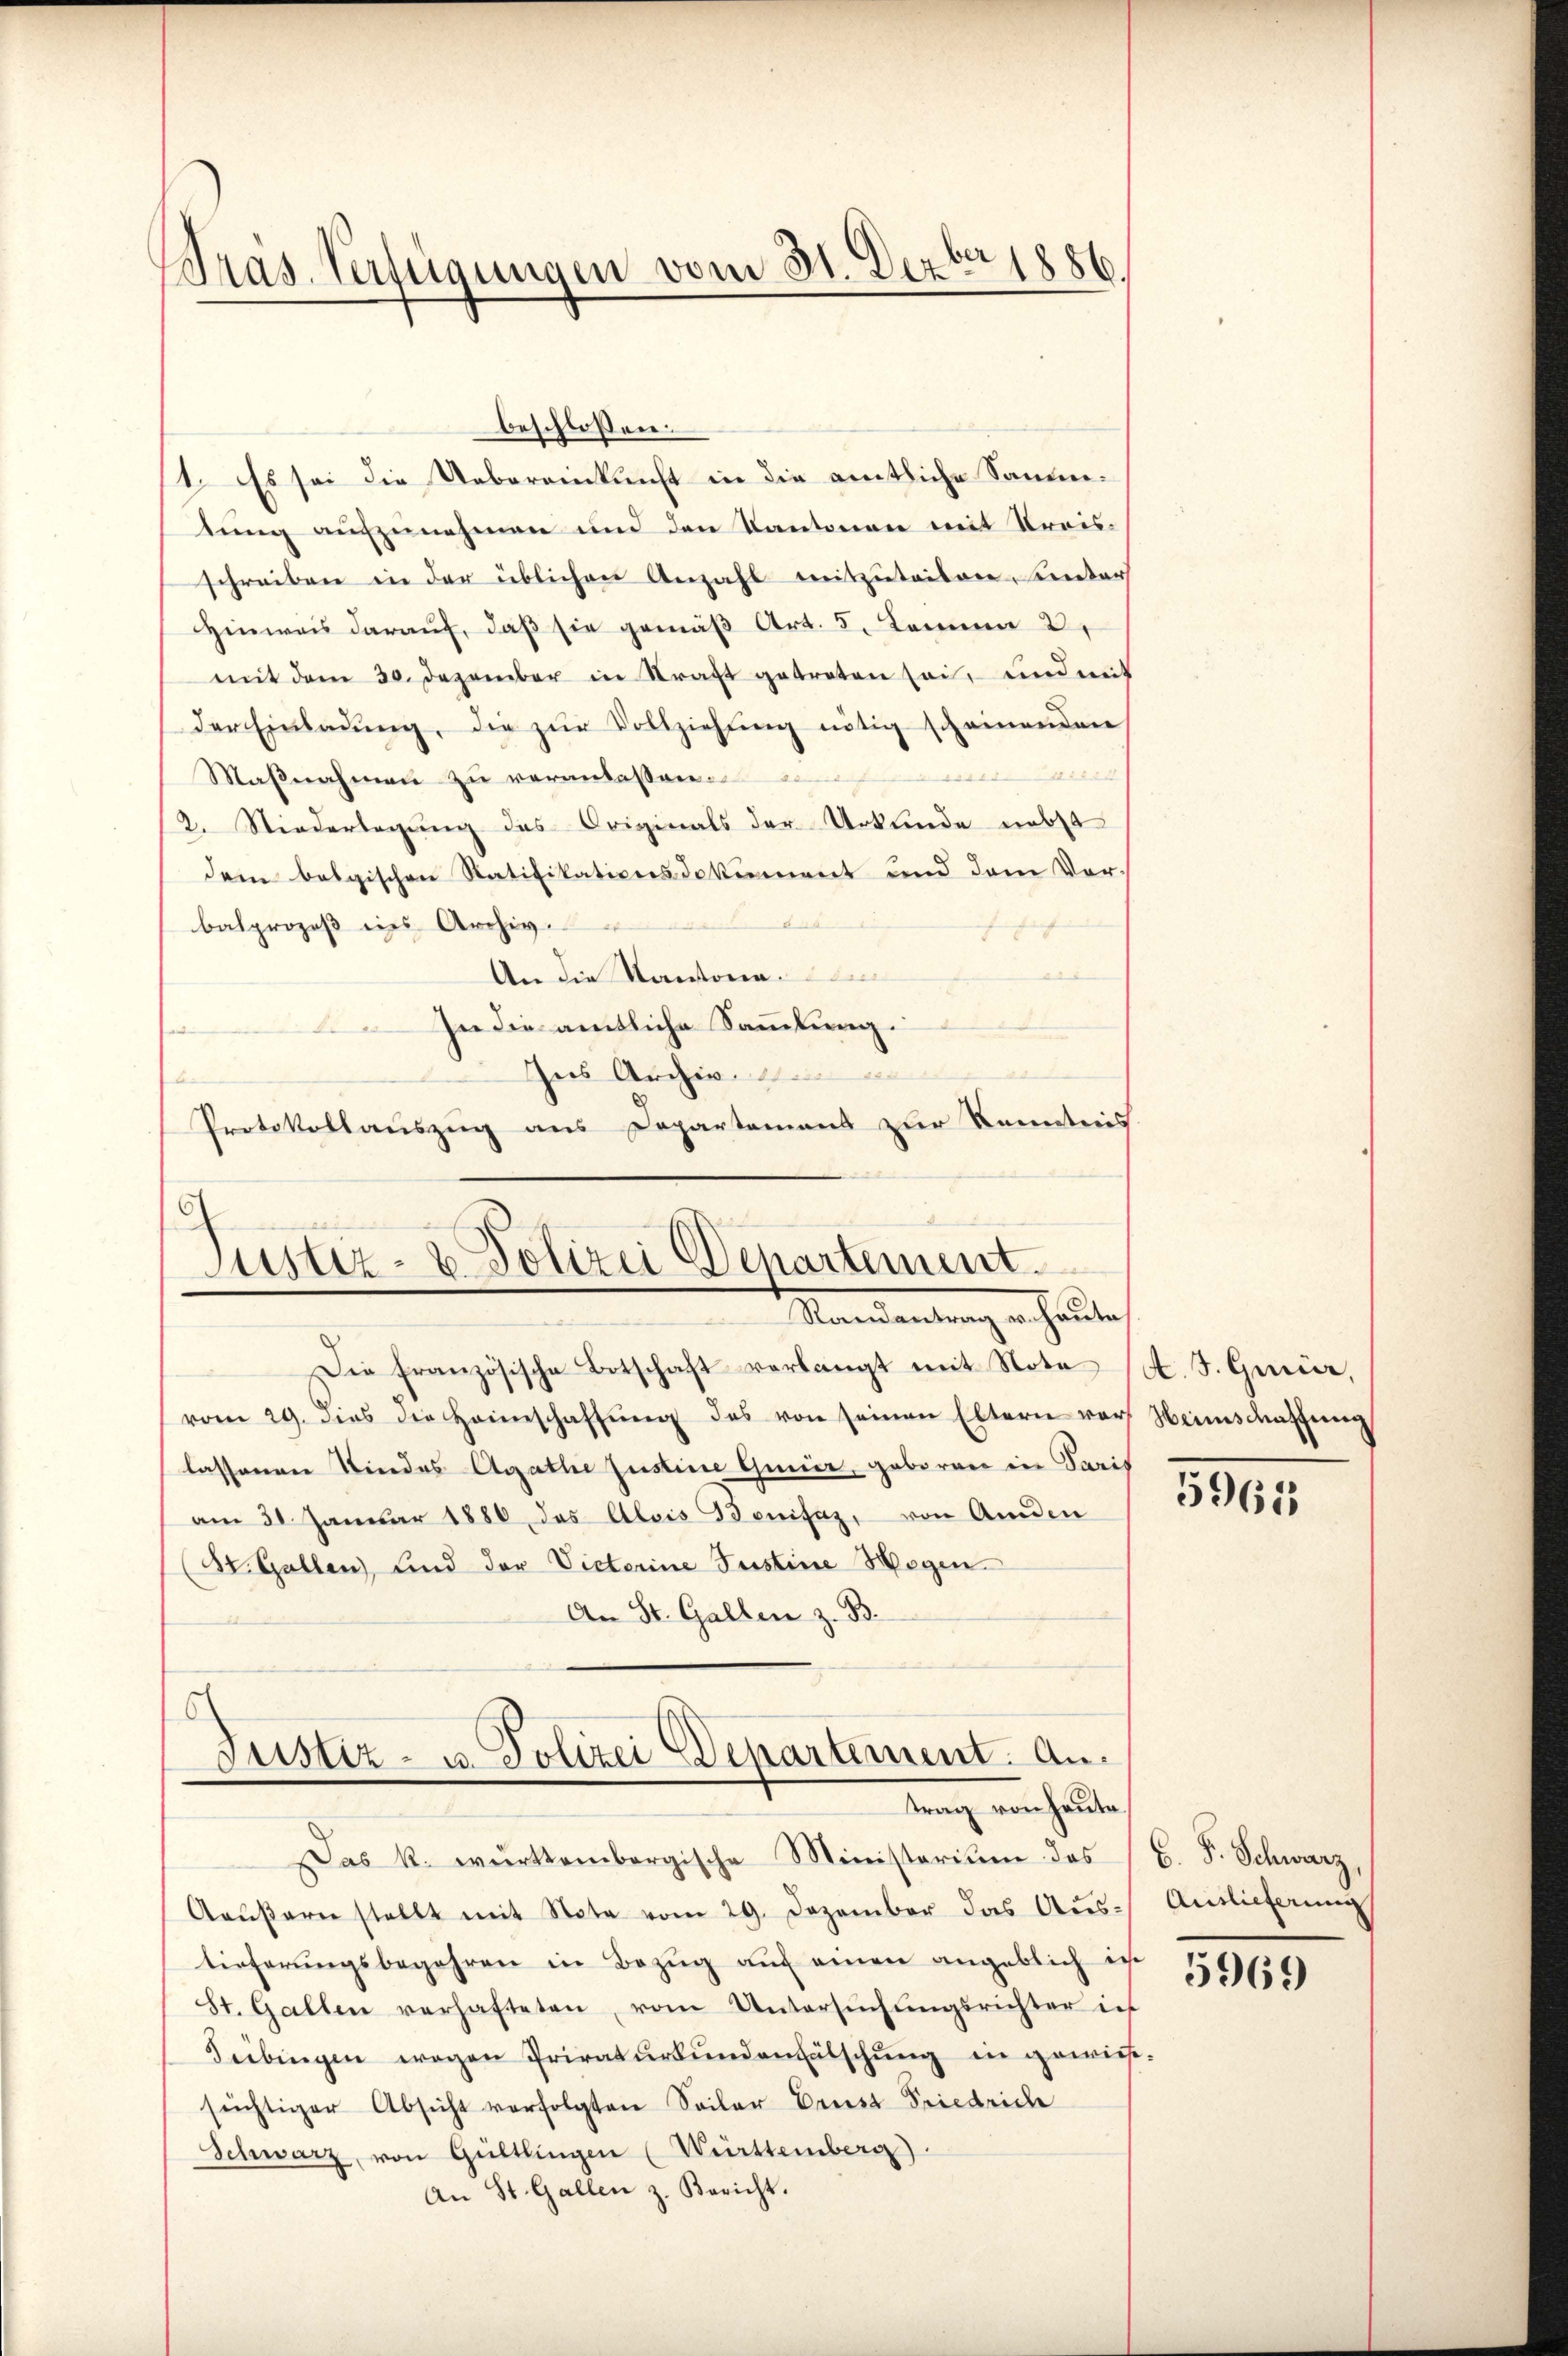
Pras. Verfügungen vom 31. Dezbr 1886.

beschlossen:
1. Es sei die Uebereinkunft in die amtliche Samm-
tung aufzunehmen und den Kantonen mit Kreisschreiben in der üblichen Anzahl mitzuteilen, unter
Hinweis darauf, daß sie gemäß Art. 5. Komma 2.
mit dem 30. Dezember in Straft getreten sei, und mit
der Einladung, die zur Vollziehung nötig scheinenden
Maßnahmen zu veranlassen.
2. Niederlegung des Originals der Urkunde nebst
dem belgischen Ratifikationsdokument und dem Vor-
balprozeß dies Archiv.
ih sich
An die Kantona
In die amtliche Sammlung.

d
as Archiv
Protokollauszug aus Departement zur Kenntnis

6
Justiz- & Polizei Departement.
Namendantung an heute

Justiz- u. Polizei Departement. Antrag von heute,

Die französische Botschaft verlangt mit Note
vom 29. dies die Heimschaffŭng des von seinen Eltern vor Weinschaffŭng
lassenen Kindes Agathe Justine Quer, geboren in Paris
am 31. Januar 1886 das Alois Bonifaz, von Amden
(St. Gallen, und der Victerine Justine Wegen
An St. Gallen z. B.

Das k. württembergische Ministerium des (C. F. Schwarz,
Aaŭβern stellt mit Note vom 29. Dezember das Aŭs-
tieferŭngsbegehren in Bezŭg aŭf einen angeblich in
St. Gallen verhafteten, vom Untersŭchŭngsrichter ich
Sebingen wegen Privatŭrkŭndenfälschung in gewiessüchtiger Absicht verfolgten Seiler Ernst Friedrich
Schwarz, von Gültlingen (Württemberg).
An St. Gallen z. Bericht.

A. J. Gmür,

5965

Auslieferung

5969